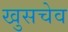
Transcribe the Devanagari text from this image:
खुसचेव